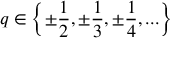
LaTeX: q \in \left\{ \pm { \frac { 1 } { 2 } } , \pm { \frac { 1 } { 3 } } , \pm { \frac { 1 } { 4 } } , . . . \right\}